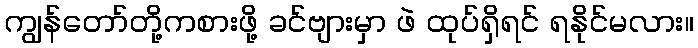
ကျွန်တော်တို့ကစားဖို့ ခင်ဗျားမှာ ဖဲ ထုပ်ရှိရင် ရနိုင်မလား။